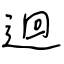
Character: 迴